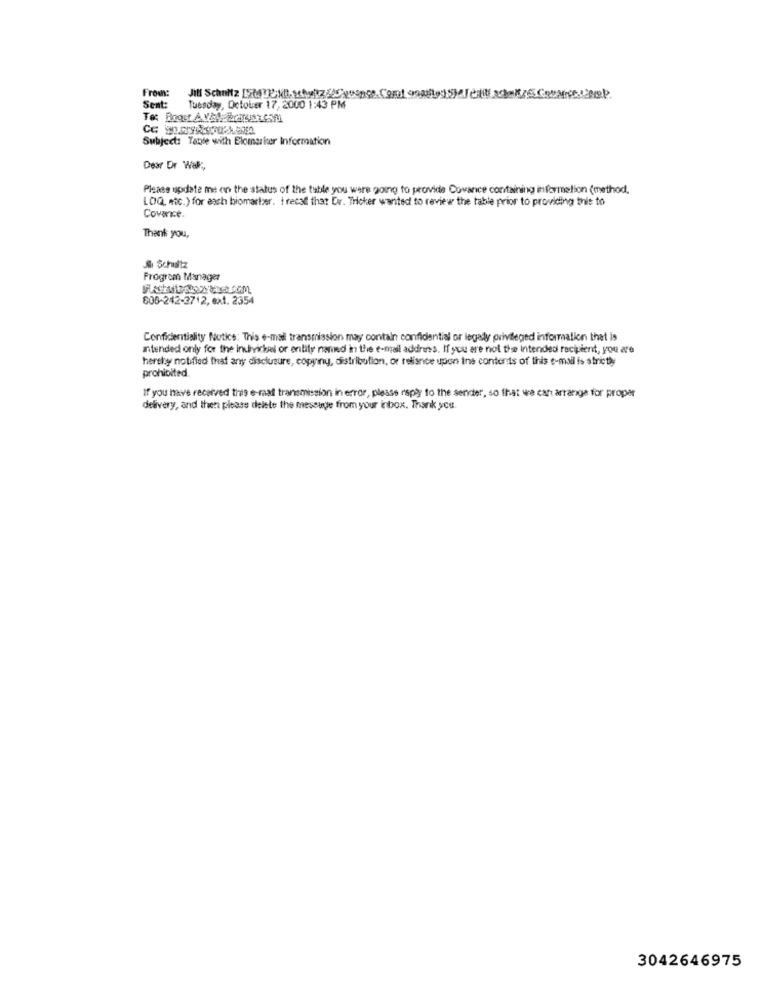
Frown:
Sent:
Tuesday, October 17, 2000 1:43 PM
Subject: Table with Elomasker Information
Dear Dr Wal',
Please update me on the status of the tuble you were going to provide Covance containing enformation (method,
LOQ, etc.) for each biomarter. t recall that Dvr. Tricker wanted to review the table prior to providing thie to
Coverice.
Thank you,
Sı Schultz
Program Manager
606-242-3712, ext. 2354
Confidentiality Notice: This e-mail transmission may contain confidential or legaly privileged information that is
intended only for the individual or entity named in the e-mail address. If you are not the intended recipient, you are
hereby notified that any disclosure, copyny, distribution, or reliance upon ine contents of tinis e-mail is strictly
prohibited
If you have received this e-mail transmission in error, please reply to the sender, so that we can arrange for proper
delivery, and then please delete the message from your inbox. Thank you.
3042646975